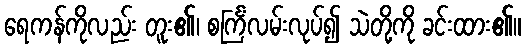
ရေကန်ကိုလည်း တူး၏၊ စင်္ကြံလမ်းလုပ်၍ သဲတို့ကို ခင်းထား၏။